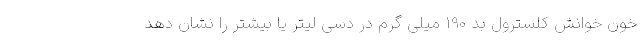
خون خوانش کلسترول بد 190 میلی گرم در دسی لیتر یا بیشتر را نشان دهد